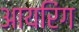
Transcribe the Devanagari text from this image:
आयरिंग